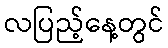
လပြည့်နေ့တွင်